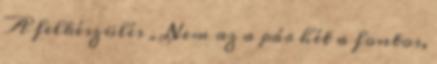
A felkészülés „Nem az a pár hét a fontos,